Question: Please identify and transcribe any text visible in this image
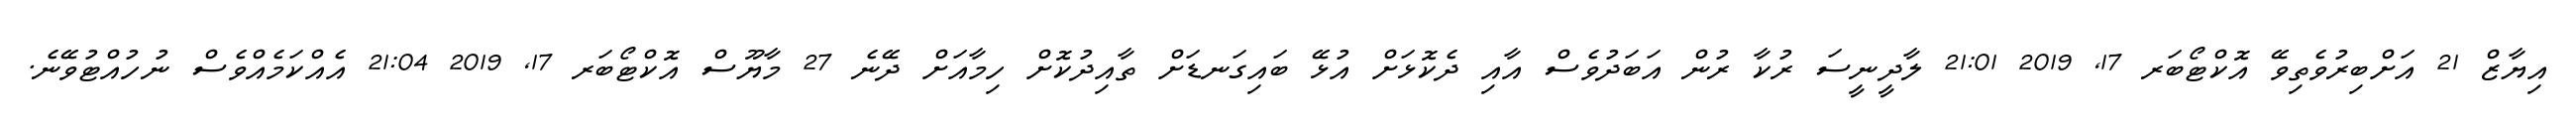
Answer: އިޔާޒް 21 އަށްބިރުވެތިވޭ އޮކްޓޯބަރ 17, 2019 21:01 ލާދީނީސަ ރުކާ ރުން އަބަދުވެސް އާއި ދެކޮޅަށް އުޅޭ ބައިގަނޑަށް ތާއިދުކޮށް ހިމާއަށް ދޭނެ 27 މާޔޫސް އޮކްޓޯބަރ 17, 2019 21:04 އެއްކަމެއްވެސް ނުހުއްޓުވޭނެ.